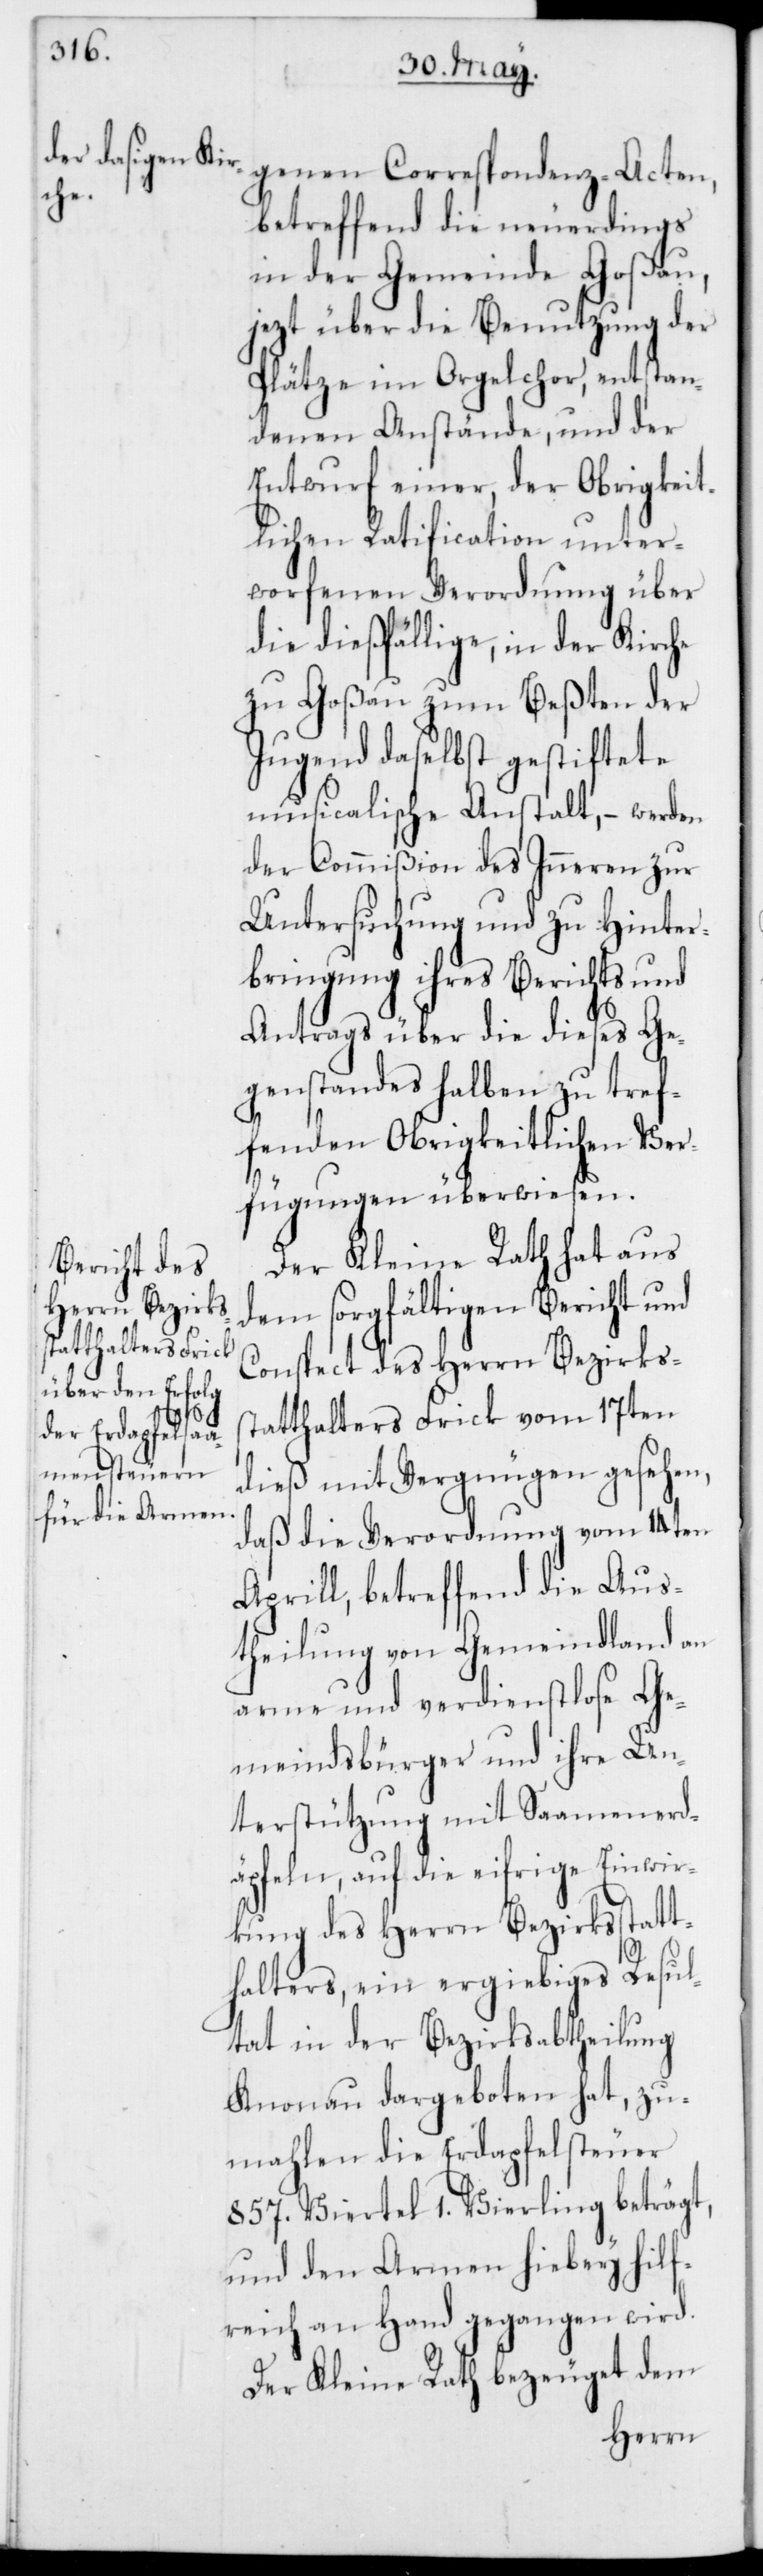
genen Correspondenz-Acten,
betreffend die neuerdings
in der Gemeinde Goßau,
jetzt über die Benutzung der
Plätze im Orgelchor, entstan¬
denen Anstände, und der
Entwurf einer, der Obrigkeit¬
lichen Ratification unter¬
worfenen Verordnung über
die dießfällige, in der Kirche
zu Goßau zum Beßten der
Jugend daselbst gestiftete
musicalische Anstalt, – werden
der Commißion des Inneren zur
Untersuchung und zu Hinter¬
bringung ihres Berichts und
Antrags über dieses Ge¬
genstandes halben zu tref¬
fenden Obrigkeitlichen Ver¬
fügungen überwiesen.
Der Kleine Rath hat aus
dem sorgfältigen Bericht und
Conspect des Herrn Bezirks¬
statthalters Frick vom 17ten
dieß mit Vergnügen gesehen,
daß die Verordnung vom 14ten
Aprill, betreffend die Aus¬
theilung von Gemeindland an
arme und verdienstlose Ge¬
meindsbürger und ihre Un¬
terstützung mit Saamenerd¬
äpfeln, auf die eifrige Einwir¬
kung des Herrn Bezirksstatt¬
halters, ein ergiebiges Resul¬
tat in der Bezirksabtheilung
Knonau dargeboten hat, zu¬
mahlen die Erdapfelsteuer
857. Viertel 1. Vierling beträgt,
und den Armen hiebey hilf¬
reich an Hand gegangen wird.
Der Kleine Rath bezeuget dem